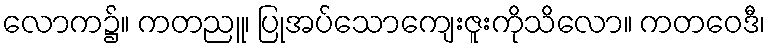
လောက၌။ ကတညူ၊ ပြုအပ်သောကျေးဇူးကိုသိလော။ ကတဝေဒီ၊